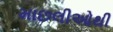
માછલીઓથી